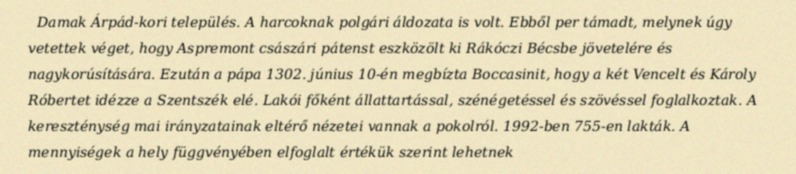
Damak Árpád-kori település. A harcoknak polgári áldozata is volt. Ebből per támadt, melynek úgy vetettek véget, hogy Aspremont császári pátenst eszközölt ki Rákóczi Bécsbe jövetelére és nagykorúsítására. Ezután a pápa 1302. június 10-én megbízta Boccasinit, hogy a két Vencelt és Károly Róbertet idézze a Szentszék elé. Lakói főként állattartással, szénégetéssel és szövéssel foglalkoztak. A kereszténység mai irányzatainak eltérő nézetei vannak a pokolról. 1992-ben 755-en lakták. A mennyiségek a hely függvényében elfoglalt értékük szerint lehetnek